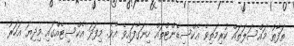
ތަފާތު މައްސަލަތައް ކުރިމަތިވެ އެކްސިޑެންޓްތައް ހިނަގާފައިވެ އެވެ. މިފަދަ އެކްސިޓެއްގައި މިދިޔަ އަހަރު